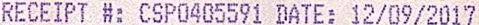
RECEIPT #: CSP0405591 DATE: 12/09/2017